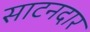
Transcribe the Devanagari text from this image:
साटनदार